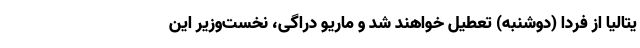
یتالیا از فردا (دوشنبه) تعطیل خواهند شد و ماریو دراگی، نخست‌وزیر این